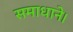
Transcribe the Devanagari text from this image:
समाधाने।